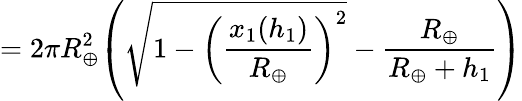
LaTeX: =2\pi{R_{\oplus}^{2}}{\left({{\sqrt{1-{\left({\frac{x_{1}({h_{1}})}{R_{\oplus}}}\right)^{2}}}}-{\frac{R_{\oplus}}{R_{\oplus}+{h_{1}}}}}\right)}